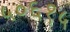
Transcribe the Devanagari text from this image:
५०६१५